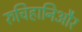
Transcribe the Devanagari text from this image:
रुचिहानिऔर